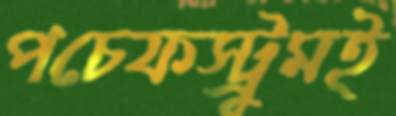
পচেফস্ট্রুমই